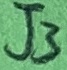
Text: J3